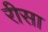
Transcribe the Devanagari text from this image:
रीसा